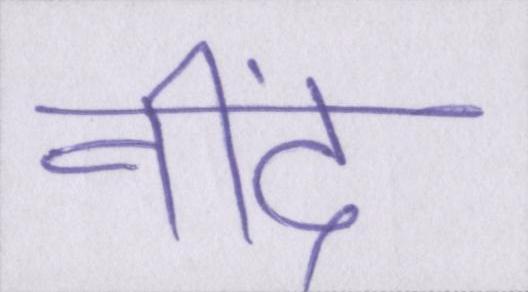
नींद